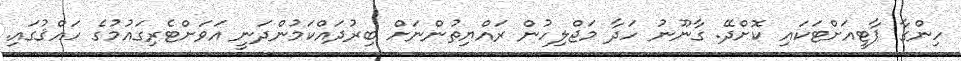
ހިންގާ ޕާޓީއަށްޓަކައި ކޮށްދޭ. ގާނޫނު ހަދާ މަޖްލިހުން ރައްޔިތުންނަށް ބިރުދައްކަމުންދަނީ އަވަށްޓެރިގައުމުގެ ހައްޤުގައި.